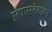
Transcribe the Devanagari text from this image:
आधारस्तंभावर